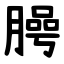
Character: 㬽